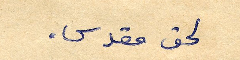
لحق مقدس.